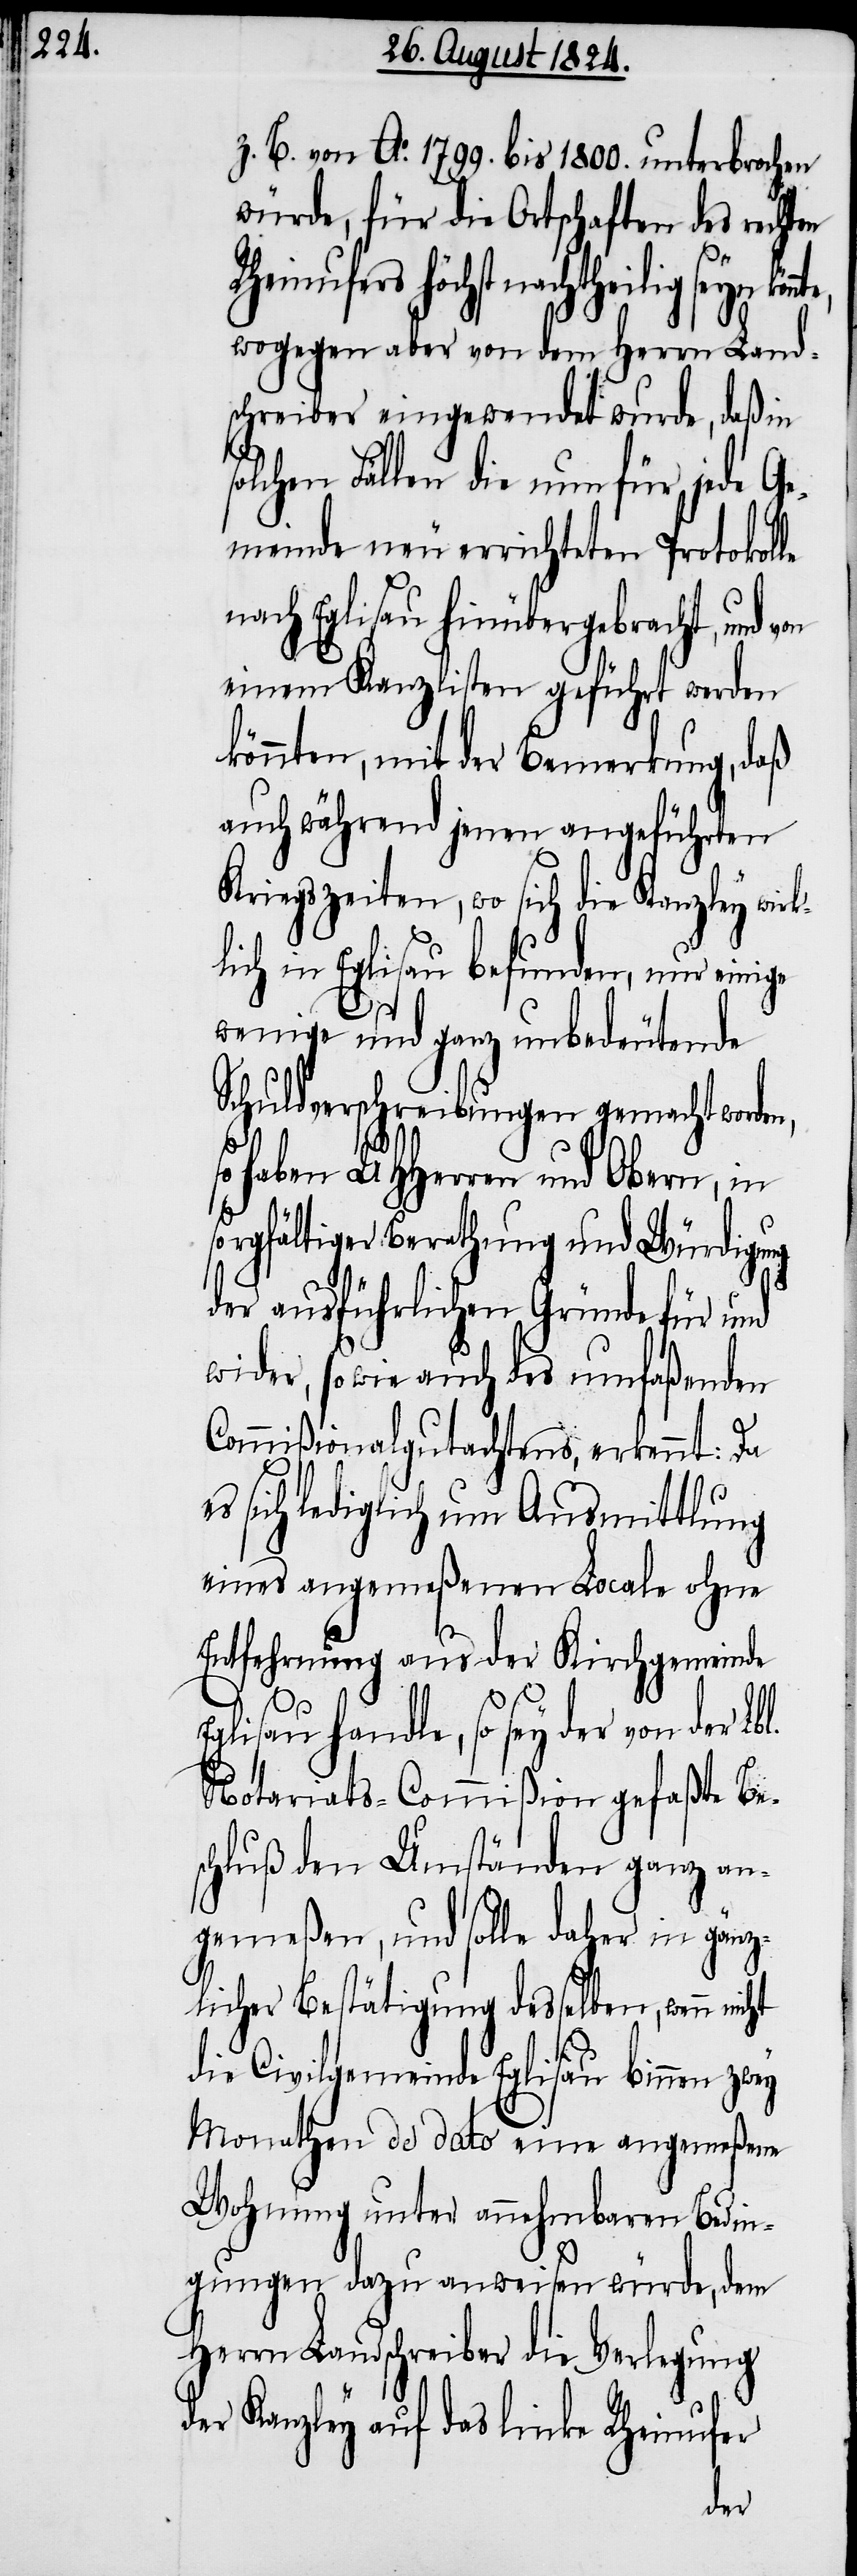
z. B. von Ao. 1799. bis 1800. unterbrochen
würde, für die Ortschaften des rechten
Rheinufers höchst nachtheilig seyn
wogegen aber von dem Herrn Land¬
schreiber eingewendet wurde, daß in
lchen Fällen die nun für jede Ge¬
meinde neu errichteten Protokolle
nach Eglisau hinübergebracht, und von
einem Kanzlisten geführt werden
könnten, mit der Bemerkung, daß
auch während jenen angeführten
Kriegszeiten, wo sich die Kanzley wir¬
lich in Eglisau befunden, nur einige
wenige und ganz unbedeutende
Schuldverschreibungen gemacht worden,
haben UHHerren und Obern, in
sorgfältiger Berathung und Würdigung
der ausführlichen Gründe für und
wider, so wie auch des umfaßenden
Commißionalgutachtens, erkennt: Da
sich lediglich um Ausmittlung
eines angemeßenen Locale ohne
Entfehrnung aus der Kirchgemeinde
l.
so
handle, so sey der von der Lb¬
Notariats-Commißion gefaßte Be¬
schluß den Umständen ganz an¬
gemeßen, und solle daher in gänz¬
licher Bestätigung desselben, wenn
die Civilgemeinde Eglisau binnen zwey
Monathen de dato eine angemeßene
Wohnung unter annehmbaren Bedin¬
gungen dazu anweisen würde, dem
Herrn Landschreiber die Verlegung
der Kanzley auf das linke